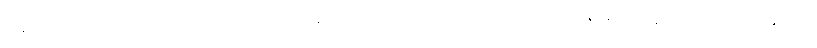
၀န်ထမ်းစရိတ် အခြား အထွေထွေ ကုန်ကျစရိတ်တွေကိုပါ တွက်ရင် အရှုံးများနေပြီး ရထားခ နှစ်ဆ